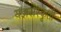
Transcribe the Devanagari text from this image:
यज्ञसंस्कृती